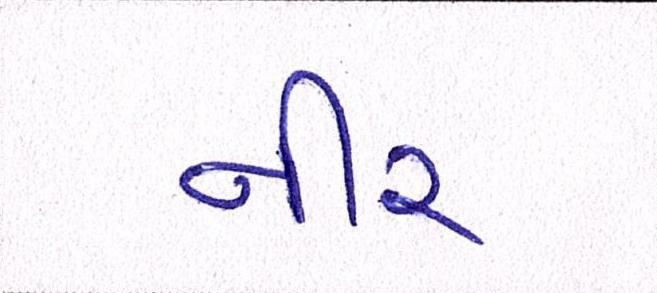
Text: નીર